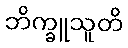
ဘိက္ခူသူတိ